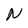
Character: N